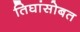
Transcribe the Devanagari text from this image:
तिघांसोबत